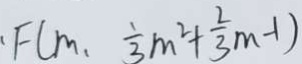
F ( m , \frac { 1 } { 3 } m ^ { 2 } + \frac { 2 } { 3 } m - 1 )